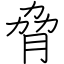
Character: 脅